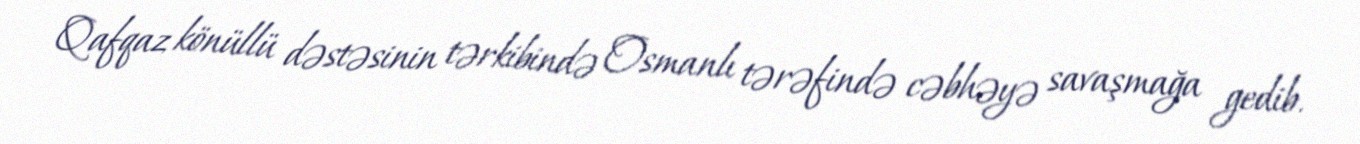
Qafqaz könüllü dəstəsinin tərkibində Osmanlı tərəfində cəbhəyə savaşmağa gedib.